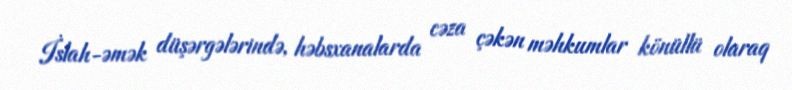
İslah-əmək düşərgələrində, həbsxanalarda cəza çəkən məhkumlar könüllü olaraq